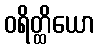
ဝရိတ္ထိယော